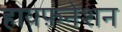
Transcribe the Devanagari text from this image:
हायफ़नेशन